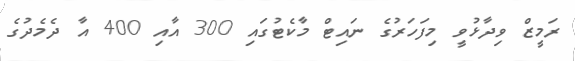
ރަމީޒް ވިދާޅުވީ މިފަހަރުގެ ނައިޓް މާކެޓުގައި 300 އާއި 400 އާ ދެމެދުގެ